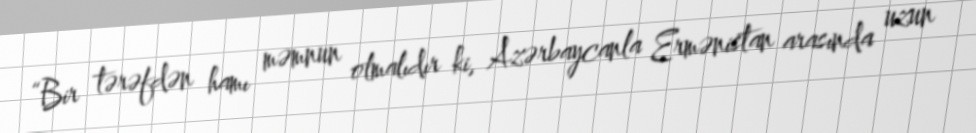
“Bir tərəfdən hamı məmnun olmalıdır ki, Azərbaycanla Ermənistan arasında uzun